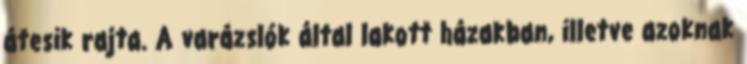
átesik rajta. A varázslók által lakott házakban, illetve azoknak